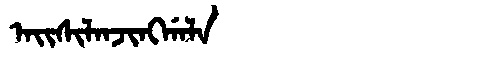
Manchu: ᠠᡳᠰᡳᠯᠠᠨᠵᡳᠩᡤᠠᠯᠠ
Romanization: AISILANJINGGALA